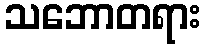
သဘောတရား